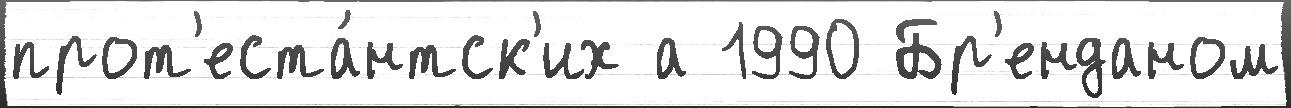
прот'еста́нтск'их а 1990 Бр'енданом